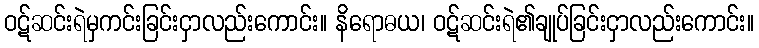
ဝဋ်ဆင်းရဲမှကင်းခြင်းငှာလည်းကောင်း။ နိရောဓယ၊ ဝဋ်ဆင်းရဲ၏ချုပ်ခြင်းငှာလည်းကောင်း။